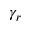
\gamma _ { r }